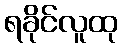
ရခိုင်လူထု